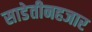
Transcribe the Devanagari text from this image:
साडेतीनहजार